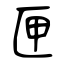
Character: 匣